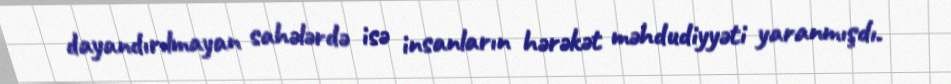
dayandırılmayan sahələrdə isə insanların hərəkət məhdudiyyəti yaranmışdı.